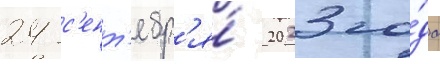
24 с'ент'ябр'я́ 2023 го́да